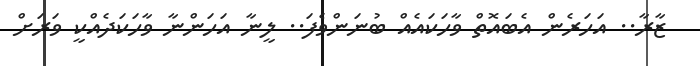
ޒާރާ.. އަހަރެން އެބައޮތް ވާހަކައެއް ބުނަންވެފަ.. ލީނާ އަހަންނާ ވާހަކަދެއްކީ ވަރަށް